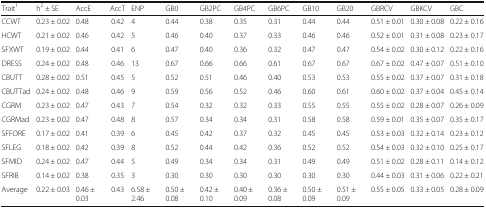
<table><thead><tr><td><b>Trait<sup>1</sup></b></td><td><b>h<sup>2</sup> ± SE</b></td><td><b>AccE</b></td><td><b>AccT</b></td><td><b>ENP</b></td><td><b>GB0</b></td><td><b>GB2PC</b></td><td><b>GB4PC</b></td><td><b>GB6PC</b></td><td><b>GB10</b></td><td><b>GB20</b></td><td><b>GBRCV</b></td><td><b>GBKCV</b></td><td><b>GBC</b></td></tr></thead><tbody><tr><td>CCWT</td><td>0.23 ± 0.02</td><td>0.48</td><td>0.42</td><td>4</td><td>0.44</td><td>0.38</td><td>0.35</td><td>0.31</td><td>0.44</td><td>0.44</td><td>0.51 ± 0.01</td><td>0.30 ± 0.08</td><td>0.22 ± 0.16</td></tr><tr><td>HCWT</td><td>0.21 ± 0.02</td><td>0.46</td><td>0.42</td><td>5</td><td>0.46</td><td>0.40</td><td>0.37</td><td>0.33</td><td>0.46</td><td>0.46</td><td>0.52 ± 0.01</td><td>0.31 ± 0.08</td><td>0.23 ± 0.17</td></tr><tr><td>SFXWT</td><td>0.19 ± 0.02</td><td>0.44</td><td>0.41</td><td>6</td><td>0.47</td><td>0.40</td><td>0.36</td><td>0.32</td><td>0.47</td><td>0.47</td><td>0.54 ± 0.02</td><td>0.30 ± 0.12</td><td>0.22 ± 0.16</td></tr><tr><td>DRESS</td><td>0.24 ± 0.02</td><td>0.48</td><td>0.46</td><td>13</td><td>0.67</td><td>0.66</td><td>0.66</td><td>0.61</td><td>0.67</td><td>0.67</td><td>0.67 ± 0.02</td><td>0.47 ± 0.07</td><td>0.51 ± 0.10</td></tr><tr><td>CBUTT</td><td>0.28 ± 0.02</td><td>0.51</td><td>0.45</td><td>5</td><td>0.52</td><td>0.51</td><td>0.46</td><td>0.40</td><td>0.53</td><td>0.53</td><td>0.55 ± 0.02</td><td>0.37 ± 0.07</td><td>0.31 ± 0.18</td></tr><tr><td>CBUTTad</td><td>0.24 ± 0.02</td><td>0.48</td><td>0.46</td><td>9</td><td>0.59</td><td>0.56</td><td>0.52</td><td>0.46</td><td>0.60</td><td>0.61</td><td>0.60 ± 0.02</td><td>0.37 ± 0.04</td><td>0.45 ± 0.14</td></tr><tr><td>CGRM</td><td>0.23 ± 0.02</td><td>0.47</td><td>0.43</td><td>7</td><td>0.54</td><td>0.32</td><td>0.32</td><td>0.33</td><td>0.55</td><td>0.55</td><td>0.55 ± 0.02</td><td>0.28 ± 0.07</td><td>0.26 ± 0.09</td></tr><tr><td>CGRMad</td><td>0.23 ± 0.02</td><td>0.47</td><td>0.48</td><td>8</td><td>0.57</td><td>0.34</td><td>0.34</td><td>0.31</td><td>0.58</td><td>0.58</td><td>0.59 ± 0.01</td><td>0.35 ± 0.07</td><td>0.35 ± 0.17</td></tr><tr><td>SFFORE</td><td>0.17 ± 0.02</td><td>0.41</td><td>0.39</td><td>6</td><td>0.45</td><td>0.42</td><td>0.37</td><td>0.32</td><td>0.45</td><td>0.45</td><td>0.53 ± 0.03</td><td>0.32 ± 0.14</td><td>0.23 ± 0.12</td></tr><tr><td>SFLEG</td><td>0.18 ± 0.02</td><td>0.42</td><td>0.39</td><td>8</td><td>0.52</td><td>0.44</td><td>0.42</td><td>0.36</td><td>0.52</td><td>0.52</td><td>0.54 ± 0.03</td><td>0.32 ± 0.10</td><td>0.25 ± 0.17</td></tr><tr><td>SFMID</td><td>0.24 ± 0.02</td><td>0.47</td><td>0.44</td><td>5</td><td>0.49</td><td>0.34</td><td>0.34</td><td>0.31</td><td>0.49</td><td>0.49</td><td>0.51 ± 0.02</td><td>0.28 ± 0.11</td><td>0.14 ± 0.12</td></tr><tr><td>SFRIB</td><td>0.14 ± 0.02</td><td>0.38</td><td>0.35</td><td>3</td><td>0.30</td><td>0.30</td><td>0.30</td><td>0.30</td><td>0.30</td><td>0.30</td><td>0.44 ± 0.03</td><td>0.31 ± 0.06</td><td>0.22 ± 0.21</td></tr><tr><td>Average</td><td>0.22 ± 0.03</td><td>0.46 ± 0.03</td><td>0.43</td><td>6.58 ± 2.46</td><td>0.50 ± 0.08</td><td>0.42 ± 0.10</td><td>0.40 ± 0.09</td><td>0.36 ± 0.08</td><td>0.50 ± 0.09</td><td>0.51 ± 0.09</td><td>0.55 ± 0.05</td><td>0.33 ± 0.05</td><td>0.28 ± 0.09</td></tr></tbody></table>